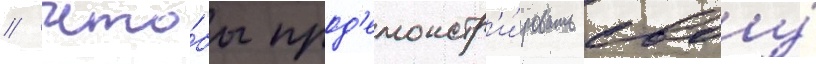
// Что́бы прод'емонстр'и́ровать своу́